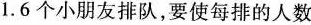
1.6个小朋友排队，要使每排的人数